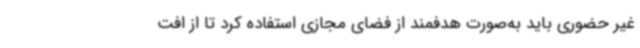
غیر حضوری باید به‌صورت هدفمند از فضای مجازی استفاده کرد تا از افت